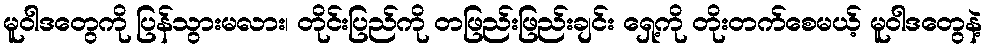
မူဝါဒတွေကို ပြန်သွားမလား၊ တိုင်းပြည်ကို တဖြည်းဖြည်းချင်း ရှေ့ကို တိုးတက်စေမယ့် မူဝါဒတွေနဲ့